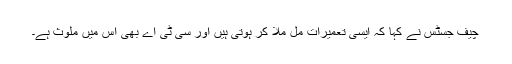
چیف جسٹس نے کہا کہ ایسی تعمیرات مل ملا کر ہوتی ہیں اور سی ٹی اے بھی اس میں ملوث ہے۔